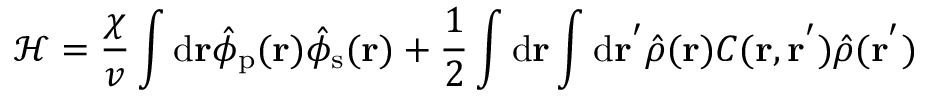
\mathcal { H } = \frac { \chi } { v } \int \mathrm { d } { \mathbf { r } } \hat { \phi } _ { \mathrm { p } } ( \mathbf { r } ) \hat { \phi } _ { \mathrm { s } } ( \mathbf { r } ) + \frac { 1 } { 2 } \int \mathrm { d } { \mathbf { r } } \int \mathrm { d } { \mathbf { r ^ { ' } } } \hat { \rho } ( \mathbf { r } ) C ( \mathbf { r } , \mathbf { r ^ { ' } } ) \hat { \rho } ( \mathbf { r } ^ { ' } )